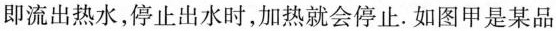
即流出热水，停止出水时，加热就会停止。如图甲是某品